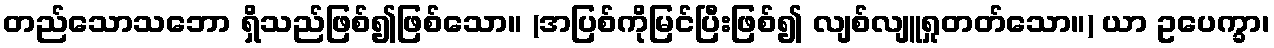
တည်သောသဘော ရှိသည်ဖြစ်၍ဖြစ်သော။ (အပြစ်ကိုမြင်ပြီးဖြစ်၍ လျစ်လျူရှုတတ်သော။) ယာ ဥပေက္ခာ၊